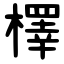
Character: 檡